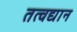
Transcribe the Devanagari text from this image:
तत्वद्यान